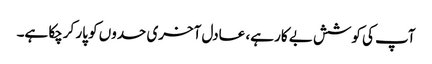
آپ کی کوشش بے کار ہے، عادل آخری حدوں کو پار کرچکا ہے۔